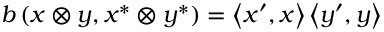
b \left( x \otimes y , x ^ { * } \otimes y ^ { * } \right) = \left\langle x ^ { \prime } , x \right\rangle \left\langle y ^ { \prime } , y \right\rangle